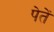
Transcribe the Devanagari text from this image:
पेतें